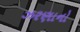
ઝરણાનો